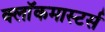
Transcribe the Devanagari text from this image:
क्लाॅकमास्टर्स